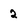
Character: 2